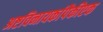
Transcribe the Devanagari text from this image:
अष्टविनायकांपैकीएक